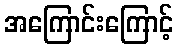
အကြောင်းကြောင့်